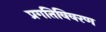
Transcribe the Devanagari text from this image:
प्रगतिविवरण